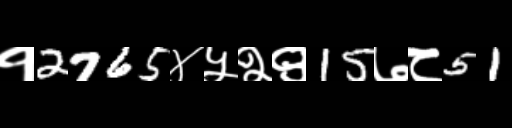
Text: १2765४५२९15७८51